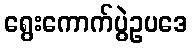
ရွေးကောက်ပွဲဥပဒေ